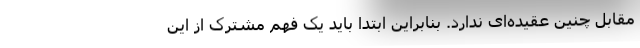
مقابل چنین عقیده‌ای ندارد. بنابراین ابتدا باید یک فهم مشترک از این